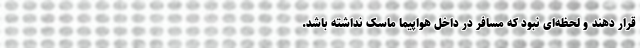
قرار دهند و لحظه‌ای نبود که مسافر در داخل هواپیما ماسک نداشته باشد.